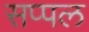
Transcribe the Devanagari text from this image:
सप्पल